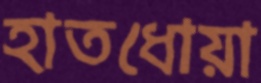
হাতধোয়া